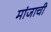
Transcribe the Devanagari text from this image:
मांजाची